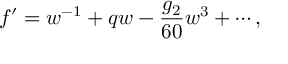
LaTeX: f ^ { \prime } = w ^ { - 1 } + q w - \frac { g _ { 2 } } { 6 0 } w ^ { 3 } + \cdots ,